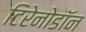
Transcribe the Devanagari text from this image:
टिरेनोडॉन